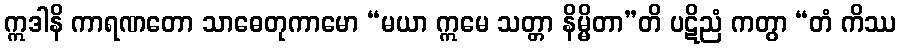
ဣဒါနိ ကာရဏတော သာဓေတုကာမော “မယာ ဣမေ သတ္တာ နိမ္မိတာ”တိ ပဋိညံ ကတွာ “တံ ကိဿ